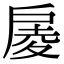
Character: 𢩑